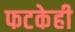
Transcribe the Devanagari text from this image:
फटकेही